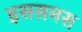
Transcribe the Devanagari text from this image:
इससमस